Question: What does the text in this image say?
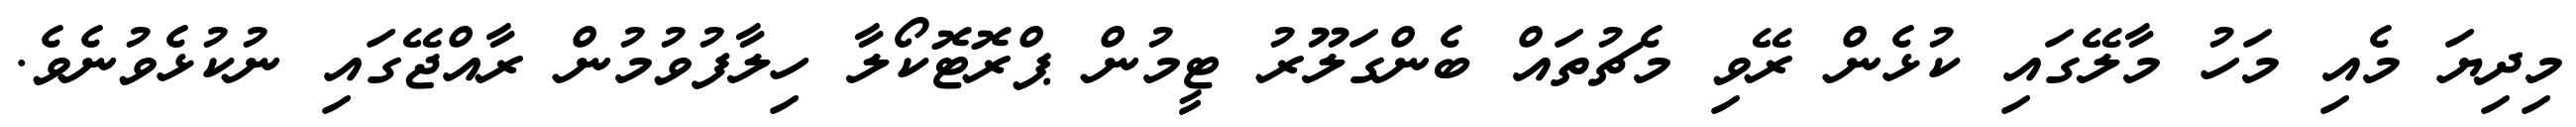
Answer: މިދިޔަ މެއި މަހު މާލޭގައި ކުޅެން ރޭވި މެޗުތައް ބެންގަލޫރު ޓީމުން ޕްރޮޓޮކޯލާ ހިލާފުވުމުން ރާއްޖޭގައި ނުކުޅެވުނެވެ.